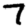
Digit: 7